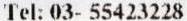
TEL: 03- 55423228